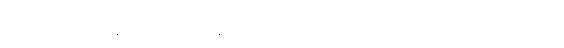
ခွဲခြားသတ်မှတ်ရန်နှင့် ယင်းပို့လွှတ်နေမှု ကို အဆက်မပြတ် ထပ်ပြီး ပို့လွှတ်နေမလား သို့မဟုတ်